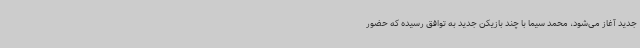
جدید آغاز می‌شود، محمد سیما با چند بازیکن جدید به توافق رسیده که حضور